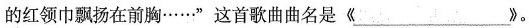
的红领巾飘扬在前胸……”这首歌曲曲名是《___》。